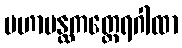
မဟာပန္ထကတ္ထေရဂါထာ